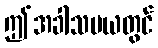
ဤအခါသမယတွင်